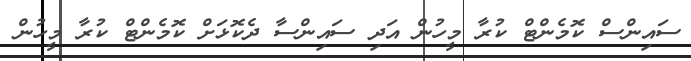
ސައިންސް ކޮމެންޓް ކުރާ މީހުން އަދި ސައިންސާ ދެކޮޅަށް ކޮމެންޓް ކުރާ މީހުން